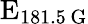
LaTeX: \textrm{E}_{181.5\, \mathrm{G}}